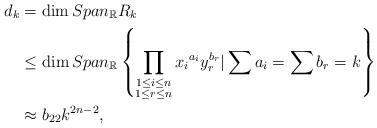
LaTeX: \begin{align*}d_k&=\dim Span_{\mathbb{R}}R_{k}\\&\leq \dim Span_{\mathbb{R}} \left\{\prod\limits_{\substack{1\leq i\leq n \\1 \leq r\leq n }} {x_i}^{a_i} y_{r}^{b_{r}} | \sum a_{i}=\sum b_{r}=k \right\}\\&\approx b_{22}k^{2n-2},\end{align*}